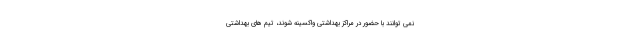
نمی توانند با حضور در مراکز بهداشتی واکسینه شوند، تیم های بهداشتی